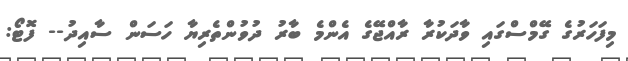
މިފަހަރުގެ ގޭމްސްގައި ވާދަކުރާ ރާއްޖޭގެ އެންމެ ބާރު ދުވުންތެރިޔާ ހަސަން ސާއިދު-- ފޮޓޯ: